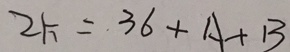
2 K = 3 6 + A + B